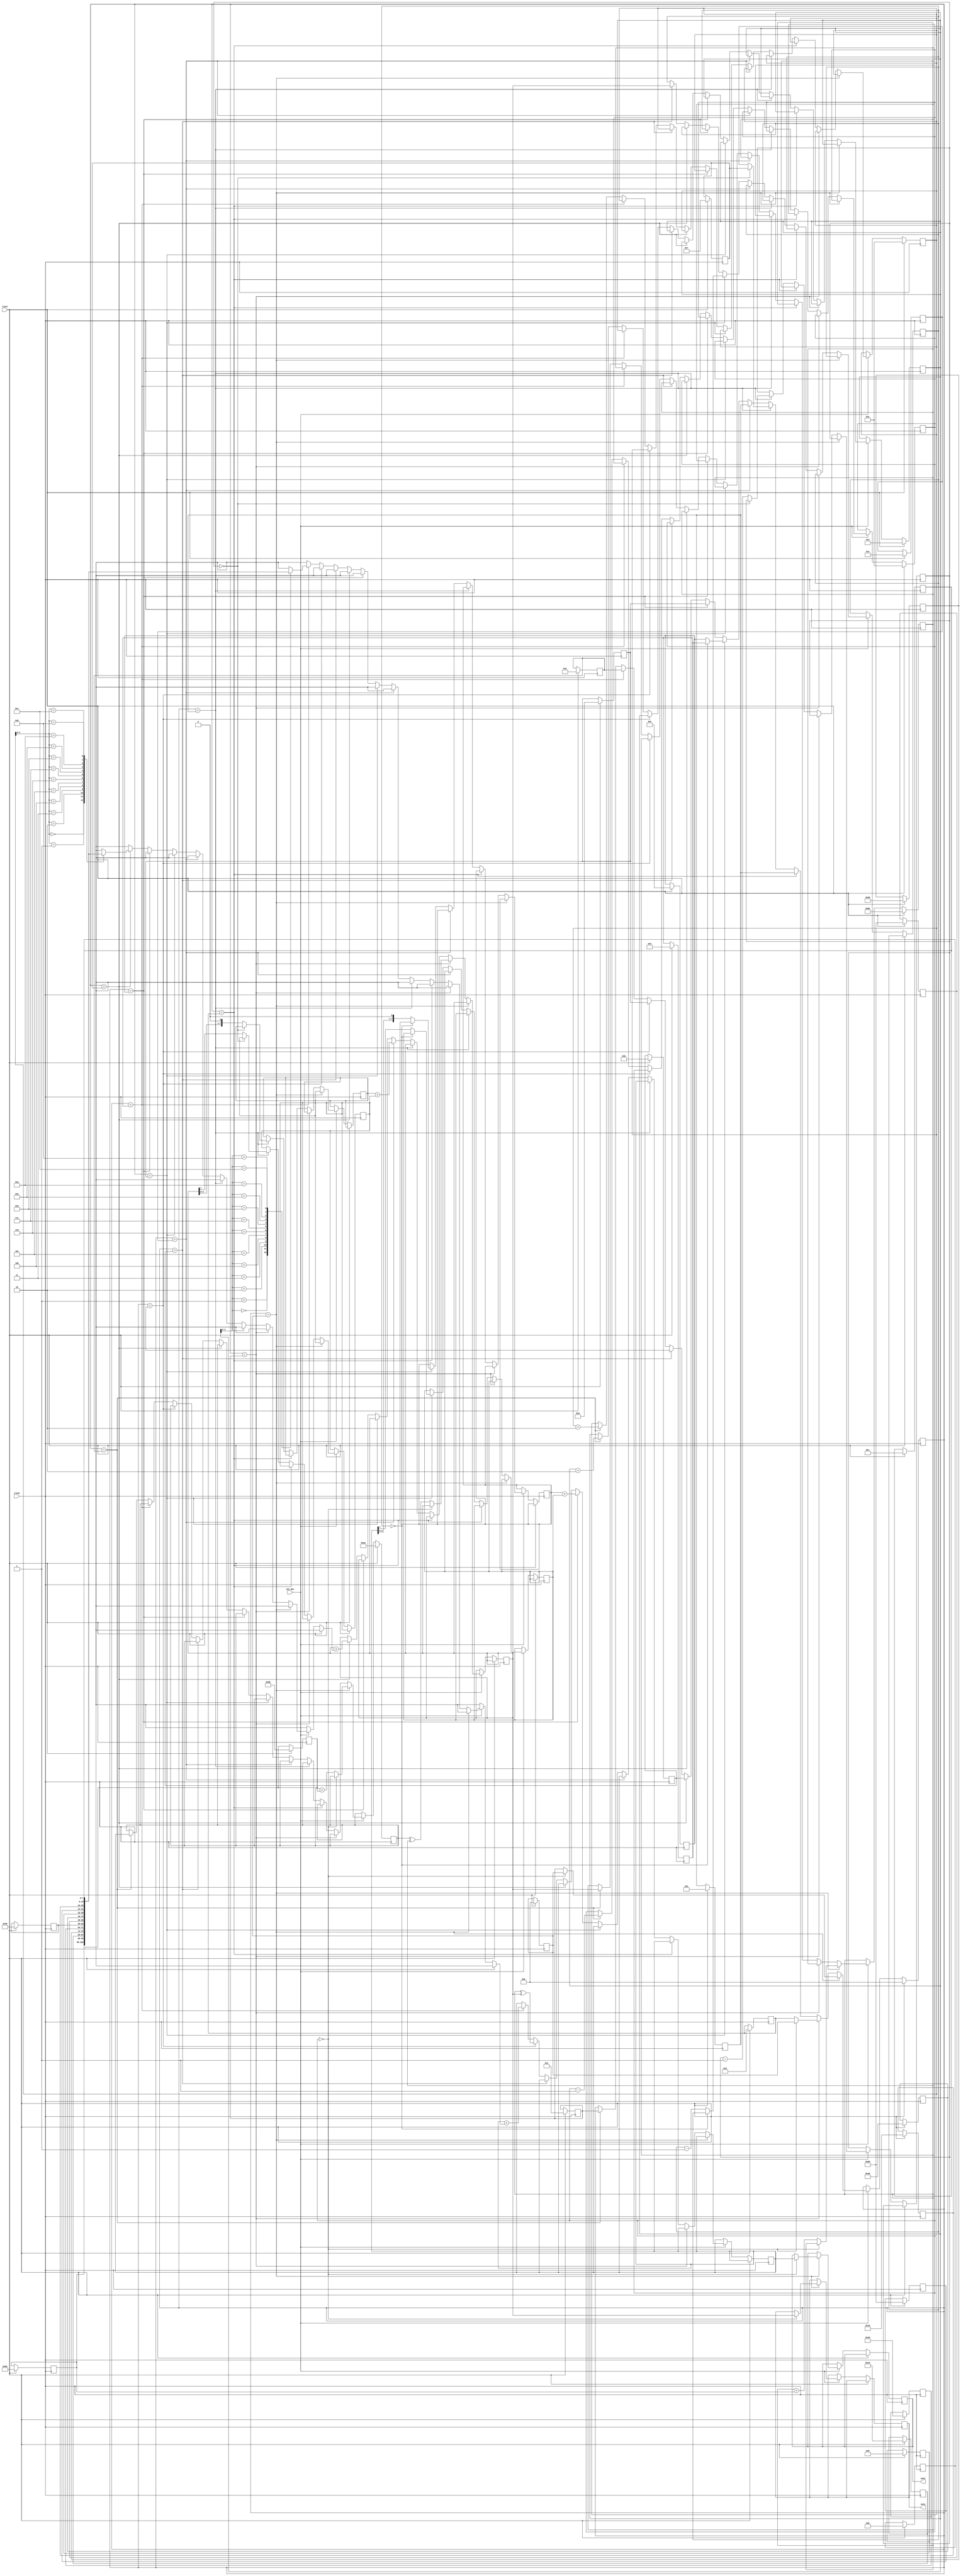
module enc(clock,reset,enc_dec,outa,outb);

//I/O port declarations
input clock,reset,enc_dec;
output reg[7:0]outa,outb;

// plain text input  A and B
reg [7:0]A,B;
reg[7:0] ex_a,ex_b,evens,odds,r_a,r_b,shifta,shiftb,c;

//memory for S array
reg [7:0]S[12:0];
reg tempa,tempb;

// states used
reg[4:0]st0,st1,st2,st3,st4,st5,st6,st7,st8,st9,st11,st12,next_state;

always@(posedge clock)
begin

if(reset)
begin

A <= 8'haa;
B <= 8'hbb;
//say 4 example the s array is here
    
	  S[0]=8'h50;
		S[1]=8'ha8;
		S[2]=8'hc8;
		S[3]=8'hd0;
		S[4]=8'h38;
		S[5]=8'h58;
		S[6]=8'h90;
		S[7]=8'h48;
		S[8]=8'h08;
		S[9]=8'h90;
		S[10]=8'h10;
		S[11]=8'h0b;
		S[12]=8'h0c;
		
//states initialised
next_state<=5'd0;
st0 <= 5'd0;
st1 <= 5'd1;
st2 <= 5'd2;
st3 <= 5'd3;
st4 <= 5'd4;
st5 <= 5'd5;
st6 <= 5'd6;
st7 <= 5'd7;
st8 <= 5'd8;
st9 <= 5'd9;
st11 <= 5'd11;

// even and odd S index initialised
evens <= 8'd2;
odds <= 8'd3;

// number of iteratons
c <= 8'd2;

end

else if(enc_dec)
begin

case(next_state)
st0: begin
     if(c==8'd0)
      begin
       outa <= ex_a;
       outb <= ex_b;
       next_state<=st0;
      end
  else
    begin
      A <= A + S[0];
      B <= B + S[1];
      next_state <=st1;
   end
     end
st1: begin
     if(c == 8'd0)
     next_state<=st0;
    else
     begin
     ex_a <= A ^ B;    
     next_state <=st2;
     end
     end
st2: begin
     r_b<= B;
     next_state <=st3;
     end
st3: begin
     if(r_b ==8'd0)
      begin 
			//ex_b <= B ^ ex_a;
       next_state<= st7;
       end
     else 
		begin
     tempa <= ex_a[7];
     shifta <= ex_a<<1;
     r_b <= r_b -1'b1;
     next_state <=st4;
     end
     end
st4: begin
     ex_a <= shifta + tempa;
     next_state <=st3;
     end
st5: begin
    if(r_a ==8'd0)
      begin 
      next_state<= st8;
      end
     else 
		begin
     tempb<= ex_b[7];
     shiftb<=ex_b<<1;
     r_a<=r_a -1'b1;
     next_state <=st6;
     end     
     end
st6: begin
     ex_b <= shiftb + tempb;
     next_state <=st5;
     end
st7: begin
     ex_a <= ex_a + S[evens];
     next_state <=st11;
     end
st11:begin
     r_a <= ex_a;
     next_state<=st12;
     end
st12: begin
      ex_b <= B ^ ex_a;
      next_state<=st5;
      end
st8: begin
     ex_b <= ex_b + S[odds];
     next_state <=st9;
     end
st9 :begin
     evens<= evens + 8'd2;
     odds <= odds + 8'd2;
     B<= ex_a;
     A<= ex_b;//swap
     c <= c-1'b1;
     next_state <=st1;
     end
endcase
end

end
endmodule